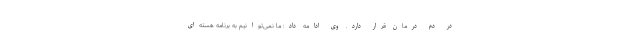
در دم درمان قرار دارد. وی ادامه داد: ما نمی‌توانیم به برنامه هسته‌ای